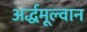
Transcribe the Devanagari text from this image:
अर्द्धमूल्वान